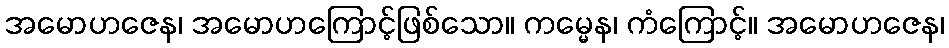
အမောဟဇေန၊ အမောဟကြောင့်ဖြစ်သော။ ကမ္မေန၊ ကံကြောင့်။ အမောဟဇေန၊